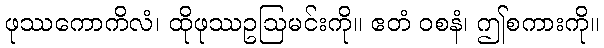
ဖုဿကောကိလံ၊ ထိုဖုဿဥဩမင်းကို။ ဧတံ ဝစနံ၊ ဤစကားကို။